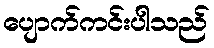
ပျောက်ကင်းပါသည်